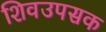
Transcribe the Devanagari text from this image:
शिवउपसक